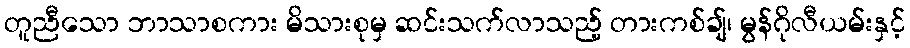
တူညီသော ဘာသာစကား မိသားစုမှ ဆင်းသက်လာသည့် တားကစ်ချ်၊ မွန်ဂိုလီယမ်းနှင့်